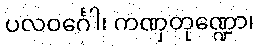
ပလဝင်္ဂေါ၊ ကဏှတုဏ္ဍော၊